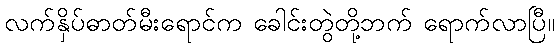
လက်နှိပ်ဓာတ်မီးရောင်က ခေါင်းတွဲတို့ဘက် ရောက်လာပြီ။